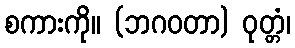
စကားကို။ (ဘဂဝတာ) ဝုတ္တံ၊